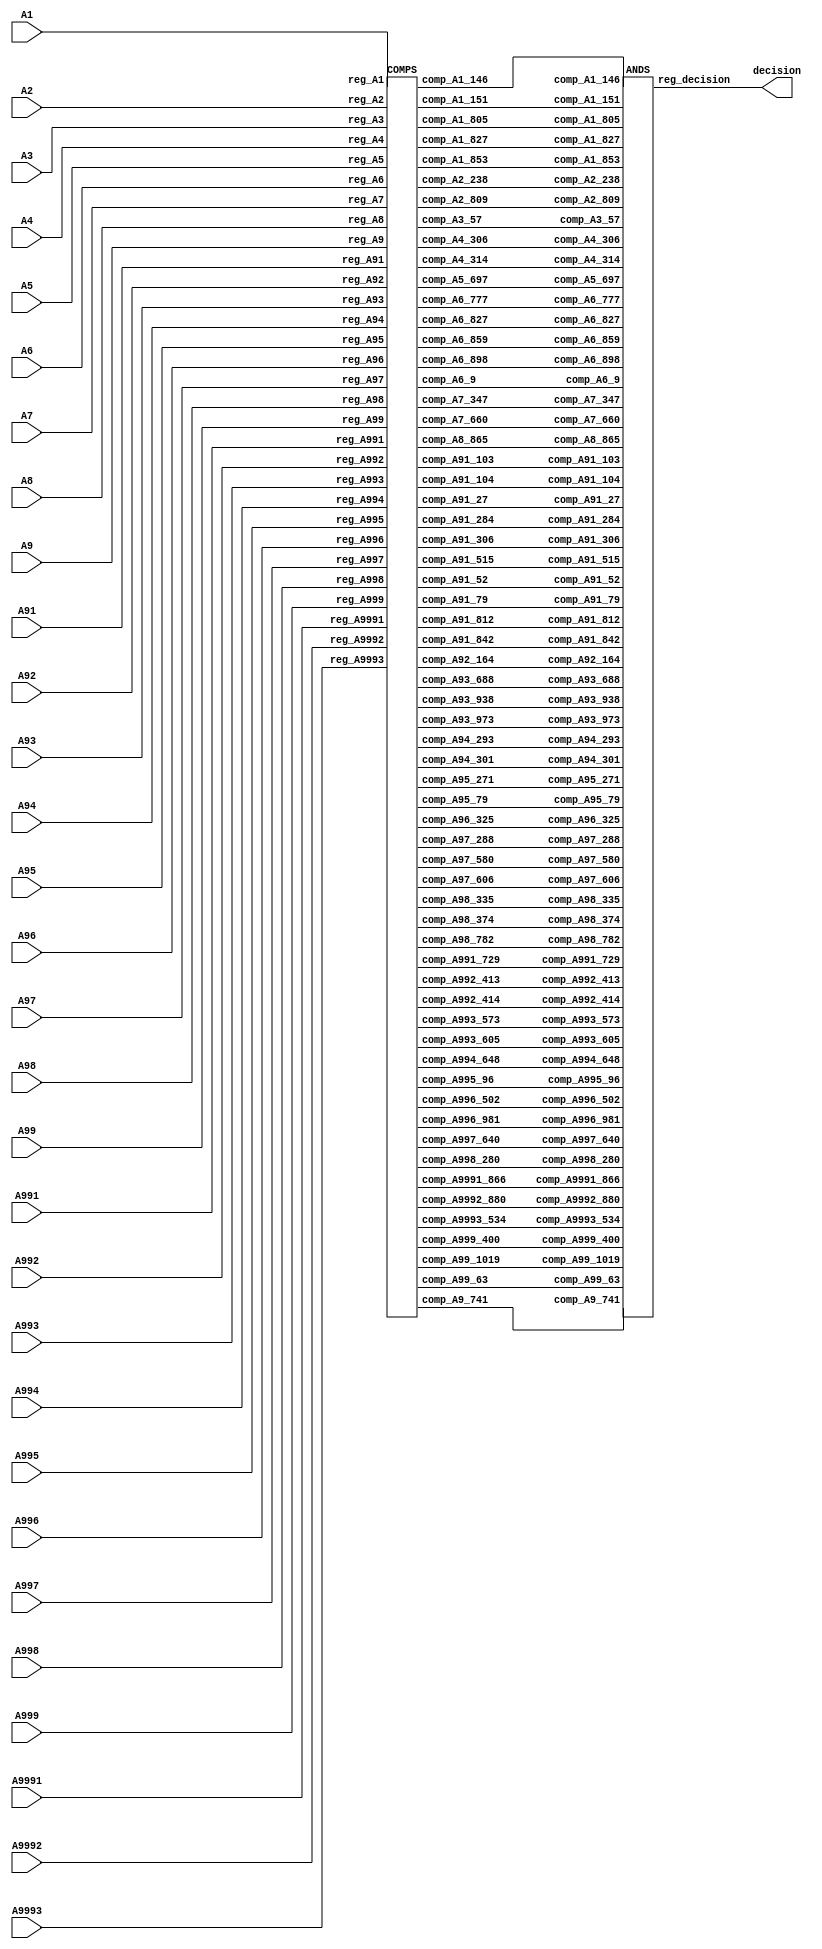
`timescale 1ns / 1ps

module DTree(
	A1,
	A2,
	A3,
	A4,
	A5,
	A6,
	A7,
	A8,
	A9,
	A91,
	A92,
	A93,
	A94,
	A95,
	A96,
	A97,
	A98,
	A99,
	A991,
	A992,
	A993,
	A994,
	A995,
	A996,
	A997,
	A998,
	A999,
	A9991,
	A9992,
	A9993,
	decision
);


	input [9:0] A1;
	input [9:0] A2;
	input [9:0] A3;
	input [9:0] A4;
	input [9:0] A5;
	input [9:0] A6;
	input [9:0] A7;
	input [9:0] A8;
	input [9:0] A9;
	input [9:0] A91;
	input [9:0] A92;
	input [9:0] A93;
	input [9:0] A94;
	input [9:0] A95;
	input [9:0] A96;
	input [9:0] A97;
	input [9:0] A98;
	input [9:0] A99;
	input [9:0] A991;
	input [9:0] A992;
	input [9:0] A993;
	input [9:0] A994;
	input [9:0] A995;
	input [9:0] A996;
	input [9:0] A997;
	input [9:0] A998;
	input [9:0] A999;
	input [9:0] A9991;
	input [9:0] A9992;
	input [9:0] A9993;
	output [4:0] decision;

	wire [9:0] reg_A1;
	wire [9:0] reg_A2;
	wire [9:0] reg_A3;
	wire [9:0] reg_A4;
	wire [9:0] reg_A5;
	wire [9:0] reg_A6;
	wire [9:0] reg_A7;
	wire [9:0] reg_A8;
	wire [9:0] reg_A9;
	wire [9:0] reg_A91;
	wire [9:0] reg_A92;
	wire [9:0] reg_A93;
	wire [9:0] reg_A94;
	wire [9:0] reg_A95;
	wire [9:0] reg_A96;
	wire [9:0] reg_A97;
	wire [9:0] reg_A98;
	wire [9:0] reg_A99;
	wire [9:0] reg_A991;
	wire [9:0] reg_A992;
	wire [9:0] reg_A993;
	wire [9:0] reg_A994;
	wire [9:0] reg_A995;
	wire [9:0] reg_A996;
	wire [9:0] reg_A997;
	wire [9:0] reg_A998;
	wire [9:0] reg_A999;
	wire [9:0] reg_A9991;
	wire [9:0] reg_A9992;
	wire [9:0] reg_A9993;
	wire [4:0] reg_decision;

wire [0:0] comp_A1_853;
wire [0:0] comp_A2_238;
wire [0:0] comp_A3_57;
wire [0:0] comp_A4_306;
wire [0:0] comp_A5_697;
wire [0:0] comp_A6_9;
wire [0:0] comp_A7_660;
wire [0:0] comp_A4_314;
wire [0:0] comp_A6_777;
wire [0:0] comp_A8_865;
wire [0:0] comp_A9_741;
wire [0:0] comp_A91_52;
wire [0:0] comp_A91_27;
wire [0:0] comp_A92_164;
wire [0:0] comp_A93_973;
wire [0:0] comp_A6_859;
wire [0:0] comp_A91_284;
wire [0:0] comp_A94_293;
wire [0:0] comp_A91_104;
wire [0:0] comp_A95_271;
wire [0:0] comp_A96_325;
wire [0:0] comp_A97_288;
wire [0:0] comp_A91_79;
wire [0:0] comp_A6_827;
wire [0:0] comp_A98_335;
wire [0:0] comp_A91_812;
wire [0:0] comp_A99_63;
wire [0:0] comp_A91_842;
wire [0:0] comp_A94_301;
wire [0:0] comp_A91_306;
wire [0:0] comp_A1_827;
wire [0:0] comp_A93_938;
wire [0:0] comp_A91_103;
wire [0:0] comp_A98_782;
wire [0:0] comp_A991_729;
wire [0:0] comp_A97_606;
wire [0:0] comp_A992_414;
wire [0:0] comp_A993_573;
wire [0:0] comp_A2_809;
wire [0:0] comp_A1_146;
wire [0:0] comp_A994_648;
wire [0:0] comp_A993_605;
wire [0:0] comp_A6_898;
wire [0:0] comp_A995_96;
wire [0:0] comp_A996_502;
wire [0:0] comp_A1_805;
wire [0:0] comp_A997_640;
wire [0:0] comp_A7_347;
wire [0:0] comp_A97_580;
wire [0:0] comp_A1_151;
wire [0:0] comp_A998_280;
wire [0:0] comp_A91_515;
wire [0:0] comp_A992_413;
wire [0:0] comp_A999_400;
wire [0:0] comp_A996_981;
wire [0:0] comp_A9991_866;
wire [0:0] comp_A99_1019;
wire [0:0] comp_A93_688;
wire [0:0] comp_A9992_880;
wire [0:0] comp_A95_79;
wire [0:0] comp_A9993_534;
wire [0:0] comp_A98_374;
COMPS INST_COMP(
reg_A1, reg_A2, reg_A3, reg_A4, reg_A5, reg_A6, reg_A7, reg_A8, reg_A9, reg_A91, reg_A92, reg_A93, reg_A94, reg_A95, reg_A96, reg_A97, reg_A98, reg_A99, reg_A991, reg_A992, reg_A993, reg_A994, reg_A995, reg_A996, reg_A997, reg_A998, reg_A999, reg_A9991, reg_A9992, reg_A9993, comp_A1_853, comp_A2_238, comp_A3_57, comp_A4_306, comp_A5_697, comp_A6_9, comp_A7_660, comp_A4_314, comp_A6_777, comp_A8_865, comp_A9_741, comp_A91_52, comp_A91_27, comp_A92_164, comp_A93_973, comp_A6_859, comp_A91_284, comp_A94_293, comp_A91_104, comp_A95_271, comp_A96_325, comp_A97_288, comp_A91_79, comp_A6_827, comp_A98_335, comp_A91_812, comp_A99_63, comp_A91_842, comp_A94_301, comp_A91_306, comp_A1_827, comp_A93_938, comp_A91_103, comp_A98_782, comp_A991_729, comp_A97_606, comp_A992_414, comp_A993_573, comp_A2_809, comp_A1_146, comp_A994_648, comp_A993_605, comp_A6_898, comp_A995_96, comp_A996_502, comp_A1_805, comp_A997_640, comp_A7_347, comp_A97_580, comp_A1_151, comp_A998_280, comp_A91_515, comp_A992_413, comp_A999_400, comp_A996_981, comp_A9991_866, comp_A99_1019, comp_A93_688, comp_A9992_880, comp_A95_79, comp_A9993_534, comp_A98_374
);

ANDS INST_ANDS(
comp_A1_853, comp_A2_238, comp_A3_57, comp_A4_306, comp_A5_697, comp_A6_9, comp_A7_660, comp_A4_314, comp_A6_777, comp_A8_865, comp_A9_741, comp_A91_52, comp_A91_27, comp_A92_164, comp_A93_973, comp_A6_859, comp_A91_284, comp_A94_293, comp_A91_104, comp_A95_271, comp_A96_325, comp_A97_288, comp_A91_79, comp_A6_827, comp_A98_335, comp_A91_812, comp_A99_63, comp_A91_842, comp_A94_301, comp_A91_306, comp_A1_827, comp_A93_938, comp_A91_103, comp_A98_782, comp_A991_729, comp_A97_606, comp_A992_414, comp_A993_573, comp_A2_809, comp_A1_146, comp_A994_648, comp_A993_605, comp_A6_898, comp_A995_96, comp_A996_502, comp_A1_805, comp_A997_640, comp_A7_347, comp_A97_580, comp_A1_151, comp_A998_280, comp_A91_515, comp_A992_413, comp_A999_400, comp_A996_981, comp_A9991_866, comp_A99_1019, comp_A93_688, comp_A9992_880, comp_A95_79, comp_A9993_534, comp_A98_374, reg_decision
);


	assign reg_A1 = A1;

	assign reg_A2 = A2;

	assign reg_A3 = A3;

	assign reg_A4 = A4;

	assign reg_A5 = A5;

	assign reg_A6 = A6;

	assign reg_A7 = A7;

	assign reg_A8 = A8;

	assign reg_A9 = A9;

	assign reg_A91 = A91;

	assign reg_A92 = A92;

	assign reg_A93 = A93;

	assign reg_A94 = A94;

	assign reg_A95 = A95;

	assign reg_A96 = A96;

	assign reg_A97 = A97;

	assign reg_A98 = A98;

	assign reg_A99 = A99;

	assign reg_A991 = A991;

	assign reg_A992 = A992;

	assign reg_A993 = A993;

	assign reg_A994 = A994;

	assign reg_A995 = A995;

	assign reg_A996 = A996;

	assign reg_A997 = A997;

	assign reg_A998 = A998;

	assign reg_A999 = A999;

	assign reg_A9991 = A9991;

	assign reg_A9992 = A9992;

	assign reg_A9993 = A9993;

	assign decision = reg_decision;

endmodule


module COMPS(
reg_A1, reg_A2, reg_A3, reg_A4, reg_A5, reg_A6, reg_A7, reg_A8, reg_A9, reg_A91, reg_A92, reg_A93, reg_A94, reg_A95, reg_A96, reg_A97, reg_A98, reg_A99, reg_A991, reg_A992, reg_A993, reg_A994, reg_A995, reg_A996, reg_A997, reg_A998, reg_A999, reg_A9991, reg_A9992, reg_A9993, comp_A1_853, comp_A2_238, comp_A3_57, comp_A4_306, comp_A5_697, comp_A6_9, comp_A7_660, comp_A4_314, comp_A6_777, comp_A8_865, comp_A9_741, comp_A91_52, comp_A91_27, comp_A92_164, comp_A93_973, comp_A6_859, comp_A91_284, comp_A94_293, comp_A91_104, comp_A95_271, comp_A96_325, comp_A97_288, comp_A91_79, comp_A6_827, comp_A98_335, comp_A91_812, comp_A99_63, comp_A91_842, comp_A94_301, comp_A91_306, comp_A1_827, comp_A93_938, comp_A91_103, comp_A98_782, comp_A991_729, comp_A97_606, comp_A992_414, comp_A993_573, comp_A2_809, comp_A1_146, comp_A994_648, comp_A993_605, comp_A6_898, comp_A995_96, comp_A996_502, comp_A1_805, comp_A997_640, comp_A7_347, comp_A97_580, comp_A1_151, comp_A998_280, comp_A91_515, comp_A992_413, comp_A999_400, comp_A996_981, comp_A9991_866, comp_A99_1019, comp_A93_688, comp_A9992_880, comp_A95_79, comp_A9993_534, comp_A98_374
);

input [9:0] reg_A1;
input [9:0] reg_A2;
input [9:0] reg_A3;
input [9:0] reg_A4;
input [9:0] reg_A5;
input [9:0] reg_A6;
input [9:0] reg_A7;
input [9:0] reg_A8;
input [9:0] reg_A9;
input [9:0] reg_A91;
input [9:0] reg_A92;
input [9:0] reg_A93;
input [9:0] reg_A94;
input [9:0] reg_A95;
input [9:0] reg_A96;
input [9:0] reg_A97;
input [9:0] reg_A98;
input [9:0] reg_A99;
input [9:0] reg_A991;
input [9:0] reg_A992;
input [9:0] reg_A993;
input [9:0] reg_A994;
input [9:0] reg_A995;
input [9:0] reg_A996;
input [9:0] reg_A997;
input [9:0] reg_A998;
input [9:0] reg_A999;
input [9:0] reg_A9991;
input [9:0] reg_A9992;
input [9:0] reg_A9993;
output [0:0] comp_A1_853;
output [0:0] comp_A2_238;
output [0:0] comp_A3_57;
output [0:0] comp_A4_306;
output [0:0] comp_A5_697;
output [0:0] comp_A6_9;
output [0:0] comp_A7_660;
output [0:0] comp_A4_314;
output [0:0] comp_A6_777;
output [0:0] comp_A8_865;
output [0:0] comp_A9_741;
output [0:0] comp_A91_52;
output [0:0] comp_A91_27;
output [0:0] comp_A92_164;
output [0:0] comp_A93_973;
output [0:0] comp_A6_859;
output [0:0] comp_A91_284;
output [0:0] comp_A94_293;
output [0:0] comp_A91_104;
output [0:0] comp_A95_271;
output [0:0] comp_A96_325;
output [0:0] comp_A97_288;
output [0:0] comp_A91_79;
output [0:0] comp_A6_827;
output [0:0] comp_A98_335;
output [0:0] comp_A91_812;
output [0:0] comp_A99_63;
output [0:0] comp_A91_842;
output [0:0] comp_A94_301;
output [0:0] comp_A91_306;
output [0:0] comp_A1_827;
output [0:0] comp_A93_938;
output [0:0] comp_A91_103;
output [0:0] comp_A98_782;
output [0:0] comp_A991_729;
output [0:0] comp_A97_606;
output [0:0] comp_A992_414;
output [0:0] comp_A993_573;
output [0:0] comp_A2_809;
output [0:0] comp_A1_146;
output [0:0] comp_A994_648;
output [0:0] comp_A993_605;
output [0:0] comp_A6_898;
output [0:0] comp_A995_96;
output [0:0] comp_A996_502;
output [0:0] comp_A1_805;
output [0:0] comp_A997_640;
output [0:0] comp_A7_347;
output [0:0] comp_A97_580;
output [0:0] comp_A1_151;
output [0:0] comp_A998_280;
output [0:0] comp_A91_515;
output [0:0] comp_A992_413;
output [0:0] comp_A999_400;
output [0:0] comp_A996_981;
output [0:0] comp_A9991_866;
output [0:0] comp_A99_1019;
output [0:0] comp_A93_688;
output [0:0] comp_A9992_880;
output [0:0] comp_A95_79;
output [0:0] comp_A9993_534;
output [0:0] comp_A98_374;

wire [9:0] const_853_10;
assign const_853_10 = 10'b1101010101;
wire [9:0] const_238_10;
assign const_238_10 = 10'b0011101110;
wire [9:0] const_57_10;
assign const_57_10 = 10'b0000111001;
wire [9:0] const_306_10;
assign const_306_10 = 10'b0100110010;
wire [9:0] const_697_10;
assign const_697_10 = 10'b1010111001;
wire [9:0] const_9_10;
assign const_9_10 = 10'b0000001001;
wire [9:0] const_660_10;
assign const_660_10 = 10'b1010010100;
wire [9:0] const_314_10;
assign const_314_10 = 10'b0100111010;
wire [9:0] const_777_10;
assign const_777_10 = 10'b1100001001;
wire [9:0] const_865_10;
assign const_865_10 = 10'b1101100001;
wire [9:0] const_741_10;
assign const_741_10 = 10'b1011100101;
wire [9:0] const_52_10;
assign const_52_10 = 10'b0000110100;
wire [9:0] const_27_10;
assign const_27_10 = 10'b0000011011;
wire [9:0] const_164_10;
assign const_164_10 = 10'b0010100100;
wire [9:0] const_973_10;
assign const_973_10 = 10'b1111001101;
wire [9:0] const_859_10;
assign const_859_10 = 10'b1101011011;
wire [9:0] const_284_10;
assign const_284_10 = 10'b0100011100;
wire [9:0] const_293_10;
assign const_293_10 = 10'b0100100101;
wire [9:0] const_104_10;
assign const_104_10 = 10'b0001101000;
wire [9:0] const_271_10;
assign const_271_10 = 10'b0100001111;
wire [9:0] const_325_10;
assign const_325_10 = 10'b0101000101;
wire [9:0] const_288_10;
assign const_288_10 = 10'b0100100000;
wire [9:0] const_79_10;
assign const_79_10 = 10'b0001001111;
wire [9:0] const_827_10;
assign const_827_10 = 10'b1100111011;
wire [9:0] const_335_10;
assign const_335_10 = 10'b0101001111;
wire [9:0] const_812_10;
assign const_812_10 = 10'b1100101100;
wire [9:0] const_63_10;
assign const_63_10 = 10'b0000111111;
wire [9:0] const_842_10;
assign const_842_10 = 10'b1101001010;
wire [9:0] const_301_10;
assign const_301_10 = 10'b0100101101;
wire [9:0] const_938_10;
assign const_938_10 = 10'b1110101010;
wire [9:0] const_103_10;
assign const_103_10 = 10'b0001100111;
wire [9:0] const_782_10;
assign const_782_10 = 10'b1100001110;
wire [9:0] const_729_10;
assign const_729_10 = 10'b1011011001;
wire [9:0] const_606_10;
assign const_606_10 = 10'b1001011110;
wire [9:0] const_414_10;
assign const_414_10 = 10'b0110011110;
wire [9:0] const_573_10;
assign const_573_10 = 10'b1000111101;
wire [9:0] const_809_10;
assign const_809_10 = 10'b1100101001;
wire [9:0] const_146_10;
assign const_146_10 = 10'b0010010010;
wire [9:0] const_648_10;
assign const_648_10 = 10'b1010001000;
wire [9:0] const_605_10;
assign const_605_10 = 10'b1001011101;
wire [9:0] const_898_10;
assign const_898_10 = 10'b1110000010;
wire [9:0] const_96_10;
assign const_96_10 = 10'b0001100000;
wire [9:0] const_502_10;
assign const_502_10 = 10'b0111110110;
wire [9:0] const_805_10;
assign const_805_10 = 10'b1100100101;
wire [9:0] const_640_10;
assign const_640_10 = 10'b1010000000;
wire [9:0] const_347_10;
assign const_347_10 = 10'b0101011011;
wire [9:0] const_580_10;
assign const_580_10 = 10'b1001000100;
wire [9:0] const_151_10;
assign const_151_10 = 10'b0010010111;
wire [9:0] const_280_10;
assign const_280_10 = 10'b0100011000;
wire [9:0] const_515_10;
assign const_515_10 = 10'b1000000011;
wire [9:0] const_413_10;
assign const_413_10 = 10'b0110011101;
wire [9:0] const_400_10;
assign const_400_10 = 10'b0110010000;
wire [9:0] const_981_10;
assign const_981_10 = 10'b1111010101;
wire [9:0] const_866_10;
assign const_866_10 = 10'b1101100010;
wire [9:0] const_1019_10;
assign const_1019_10 = 10'b1111111011;
wire [9:0] const_688_10;
assign const_688_10 = 10'b1010110000;
wire [9:0] const_880_10;
assign const_880_10 = 10'b1101110000;
wire [9:0] const_534_10;
assign const_534_10 = 10'b1000010110;
wire [9:0] const_374_10;
assign const_374_10 = 10'b0101110110;

	assign comp_A1_853 = (reg_A1 <= const_853_10);
	assign comp_A2_238 = (reg_A2 <= const_238_10);
	assign comp_A3_57 = (reg_A3 <= const_57_10);
	assign comp_A4_306 = (reg_A4 <= const_306_10);
	assign comp_A5_697 = (reg_A5 <= const_697_10);
	assign comp_A6_9 = (reg_A6 <= const_9_10);
	assign comp_A7_660 = (reg_A7 <= const_660_10);
	assign comp_A4_314 = (reg_A4 <= const_314_10);
	assign comp_A6_777 = (reg_A6 <= const_777_10);
	assign comp_A8_865 = (reg_A8 <= const_865_10);
	assign comp_A9_741 = (reg_A9 <= const_741_10);
	assign comp_A91_52 = (reg_A91 <= const_52_10);
	assign comp_A91_27 = (reg_A91 <= const_27_10);
	assign comp_A92_164 = (reg_A92 <= const_164_10);
	assign comp_A93_973 = (reg_A93 <= const_973_10);
	assign comp_A6_859 = (reg_A6 <= const_859_10);
	assign comp_A91_284 = (reg_A91 <= const_284_10);
	assign comp_A94_293 = (reg_A94 <= const_293_10);
	assign comp_A91_104 = (reg_A91 <= const_104_10);
	assign comp_A95_271 = (reg_A95 <= const_271_10);
	assign comp_A96_325 = (reg_A96 <= const_325_10);
	assign comp_A97_288 = (reg_A97 <= const_288_10);
	assign comp_A91_79 = (reg_A91 <= const_79_10);
	assign comp_A6_827 = (reg_A6 <= const_827_10);
	assign comp_A98_335 = (reg_A98 <= const_335_10);
	assign comp_A91_812 = (reg_A91 <= const_812_10);
	assign comp_A99_63 = (reg_A99 <= const_63_10);
	assign comp_A91_842 = (reg_A91 <= const_842_10);
	assign comp_A94_301 = (reg_A94 <= const_301_10);
	assign comp_A91_306 = (reg_A91 <= const_306_10);
	assign comp_A1_827 = (reg_A1 <= const_827_10);
	assign comp_A93_938 = (reg_A93 <= const_938_10);
	assign comp_A91_103 = (reg_A91 <= const_103_10);
	assign comp_A98_782 = (reg_A98 <= const_782_10);
	assign comp_A991_729 = (reg_A991 <= const_729_10);
	assign comp_A97_606 = (reg_A97 <= const_606_10);
	assign comp_A992_414 = (reg_A992 <= const_414_10);
	assign comp_A993_573 = (reg_A993 <= const_573_10);
	assign comp_A2_809 = (reg_A2 <= const_809_10);
	assign comp_A1_146 = (reg_A1 <= const_146_10);
	assign comp_A994_648 = (reg_A994 <= const_648_10);
	assign comp_A993_605 = (reg_A993 <= const_605_10);
	assign comp_A6_898 = (reg_A6 <= const_898_10);
	assign comp_A995_96 = (reg_A995 <= const_96_10);
	assign comp_A996_502 = (reg_A996 <= const_502_10);
	assign comp_A1_805 = (reg_A1 <= const_805_10);
	assign comp_A997_640 = (reg_A997 <= const_640_10);
	assign comp_A7_347 = (reg_A7 <= const_347_10);
	assign comp_A97_580 = (reg_A97 <= const_580_10);
	assign comp_A1_151 = (reg_A1 <= const_151_10);
	assign comp_A998_280 = (reg_A998 <= const_280_10);
	assign comp_A91_515 = (reg_A91 <= const_515_10);
	assign comp_A992_413 = (reg_A992 <= const_413_10);
	assign comp_A999_400 = (reg_A999 <= const_400_10);
	assign comp_A996_981 = (reg_A996 <= const_981_10);
	assign comp_A9991_866 = (reg_A9991 <= const_866_10);
	assign comp_A99_1019 = (reg_A99 <= const_1019_10);
	assign comp_A93_688 = (reg_A93 <= const_688_10);
	assign comp_A9992_880 = (reg_A9992 <= const_880_10);
	assign comp_A95_79 = (reg_A95 <= const_79_10);
	assign comp_A9993_534 = (reg_A9993 <= const_534_10);
	assign comp_A98_374 = (reg_A98 <= const_374_10);
endmodule


module ANDS(
comp_A1_853, comp_A2_238, comp_A3_57, comp_A4_306, comp_A5_697, comp_A6_9, comp_A7_660, comp_A4_314, comp_A6_777, comp_A8_865, comp_A9_741, comp_A91_52, comp_A91_27, comp_A92_164, comp_A93_973, comp_A6_859, comp_A91_284, comp_A94_293, comp_A91_104, comp_A95_271, comp_A96_325, comp_A97_288, comp_A91_79, comp_A6_827, comp_A98_335, comp_A91_812, comp_A99_63, comp_A91_842, comp_A94_301, comp_A91_306, comp_A1_827, comp_A93_938, comp_A91_103, comp_A98_782, comp_A991_729, comp_A97_606, comp_A992_414, comp_A993_573, comp_A2_809, comp_A1_146, comp_A994_648, comp_A993_605, comp_A6_898, comp_A995_96, comp_A996_502, comp_A1_805, comp_A997_640, comp_A7_347, comp_A97_580, comp_A1_151, comp_A998_280, comp_A91_515, comp_A992_413, comp_A999_400, comp_A996_981, comp_A9991_866, comp_A99_1019, comp_A93_688, comp_A9992_880, comp_A95_79, comp_A9993_534, comp_A98_374, reg_decision
);

input [0:0] comp_A1_853;
input [0:0] comp_A2_238;
input [0:0] comp_A3_57;
input [0:0] comp_A4_306;
input [0:0] comp_A5_697;
input [0:0] comp_A6_9;
input [0:0] comp_A7_660;
input [0:0] comp_A4_314;
input [0:0] comp_A6_777;
input [0:0] comp_A8_865;
input [0:0] comp_A9_741;
input [0:0] comp_A91_52;
input [0:0] comp_A91_27;
input [0:0] comp_A92_164;
input [0:0] comp_A93_973;
input [0:0] comp_A6_859;
input [0:0] comp_A91_284;
input [0:0] comp_A94_293;
input [0:0] comp_A91_104;
input [0:0] comp_A95_271;
input [0:0] comp_A96_325;
input [0:0] comp_A97_288;
input [0:0] comp_A91_79;
input [0:0] comp_A6_827;
input [0:0] comp_A98_335;
input [0:0] comp_A91_812;
input [0:0] comp_A99_63;
input [0:0] comp_A91_842;
input [0:0] comp_A94_301;
input [0:0] comp_A91_306;
input [0:0] comp_A1_827;
input [0:0] comp_A93_938;
input [0:0] comp_A91_103;
input [0:0] comp_A98_782;
input [0:0] comp_A991_729;
input [0:0] comp_A97_606;
input [0:0] comp_A992_414;
input [0:0] comp_A993_573;
input [0:0] comp_A2_809;
input [0:0] comp_A1_146;
input [0:0] comp_A994_648;
input [0:0] comp_A993_605;
input [0:0] comp_A6_898;
input [0:0] comp_A995_96;
input [0:0] comp_A996_502;
input [0:0] comp_A1_805;
input [0:0] comp_A997_640;
input [0:0] comp_A7_347;
input [0:0] comp_A97_580;
input [0:0] comp_A1_151;
input [0:0] comp_A998_280;
input [0:0] comp_A91_515;
input [0:0] comp_A992_413;
input [0:0] comp_A999_400;
input [0:0] comp_A996_981;
input [0:0] comp_A9991_866;
input [0:0] comp_A99_1019;
input [0:0] comp_A93_688;
input [0:0] comp_A9992_880;
input [0:0] comp_A95_79;
input [0:0] comp_A9993_534;
input [0:0] comp_A98_374;
output [4:0] reg_decision;

wire [0:0] and_0;
wire [0:0] and_1;
wire [0:0] and_2;
wire [0:0] and_3;
wire [0:0] and_4;
wire [0:0] and_5;
wire [0:0] and_6;
wire [0:0] and_7;
wire [0:0] and_8;
wire [0:0] and_9;
wire [0:0] and_10;
wire [0:0] and_11;
wire [0:0] and_12;
wire [0:0] and_13;
wire [0:0] and_14;
wire [0:0] and_15;
wire [0:0] and_16;
wire [0:0] and_17;
wire [0:0] and_18;
wire [0:0] and_19;
wire [0:0] and_20;
wire [0:0] and_21;
wire [0:0] and_22;
wire [0:0] and_23;
wire [0:0] and_24;
wire [0:0] and_25;
wire [0:0] and_26;
wire [0:0] and_27;
wire [0:0] and_28;
wire [0:0] and_29;
wire [0:0] and_30;
wire [0:0] and_31;
wire [0:0] and_32;
wire [0:0] and_33;
wire [0:0] and_34;
wire [0:0] and_35;
wire [0:0] and_36;
wire [0:0] and_37;
wire [0:0] and_38;
wire [0:0] and_39;
wire [0:0] and_40;
wire [0:0] and_41;
wire [0:0] and_42;
wire [0:0] and_43;
wire [0:0] and_44;
wire [0:0] and_45;
wire [0:0] and_46;
wire [0:0] and_47;
wire [0:0] and_48;
wire [0:0] and_49;
wire [0:0] and_50;
wire [0:0] and_51;
wire [0:0] and_52;
wire [0:0] and_53;
wire [0:0] and_54;
wire [0:0] and_55;
wire [0:0] and_56;
wire [0:0] and_57;
wire [0:0] and_58;
wire [0:0] and_59;
wire [0:0] and_60;
wire [0:0] and_61;
wire [0:0] and_62;
wire [0:0] and_63;

assign and_0 = comp_A1_853 & comp_A2_238 & comp_A3_57 & ~(comp_A4_306) & ~(comp_A6_9) & ~(comp_A4_314) & ~(comp_A9_741);

assign and_1 = comp_A1_853 & comp_A2_238 & comp_A3_57 & comp_A4_306 & ~(comp_A5_697);

assign and_2 = comp_A1_853 & comp_A2_238 & comp_A3_57 & ~(comp_A4_306) & comp_A6_9 & comp_A7_660;

assign and_3 = comp_A1_853 & comp_A2_238 & comp_A3_57 & ~(comp_A4_306) & ~(comp_A6_9) & comp_A4_314 & comp_A6_777;

assign and_4 = comp_A1_853 & comp_A2_238 & comp_A3_57 & ~(comp_A4_306) & ~(comp_A6_9) & ~(comp_A4_314) & comp_A8_865;

assign and_5 = comp_A1_853 & ~(comp_A2_238) & ~(comp_A91_52) & comp_A93_973 & comp_A6_859 & comp_A91_284 & comp_A94_293 & comp_A91_104 & comp_A95_271;

assign and_6 = comp_A1_853 & ~(comp_A2_238) & ~(comp_A91_52) & comp_A93_973 & comp_A6_859 & comp_A91_284 & ~(comp_A94_293) & comp_A97_288 & comp_A91_79;

assign and_7 = comp_A1_853 & ~(comp_A2_238) & ~(comp_A91_52) & comp_A93_973 & comp_A6_859 & comp_A91_284 & ~(comp_A94_293) & ~(comp_A97_288) & comp_A6_827;

assign and_8 = comp_A1_853 & ~(comp_A2_238) & ~(comp_A91_52) & comp_A93_973 & comp_A6_859 & ~(comp_A91_284) & comp_A98_335 & comp_A91_812 & ~(comp_A99_63);

assign and_9 = comp_A1_853 & ~(comp_A2_238) & ~(comp_A91_52) & comp_A93_973 & comp_A6_859 & ~(comp_A91_284) & comp_A98_335 & ~(comp_A91_812) & ~(comp_A91_842);

assign and_10 = comp_A1_853 & ~(comp_A2_238) & ~(comp_A91_52) & comp_A93_973 & ~(comp_A6_859) & comp_A91_79 & comp_A93_938 & comp_A91_103;

assign and_11 = comp_A1_853 & ~(comp_A2_238) & ~(comp_A91_52) & comp_A93_973 & ~(comp_A6_859) & comp_A93_938 & ~(comp_A91_103) & ~(comp_A98_782) & ~(comp_A97_606);

assign and_12 = comp_A1_853 & ~(comp_A2_238) & ~(comp_A91_52) & comp_A93_973 & ~(comp_A6_859) & ~(comp_A93_938) & comp_A992_414 & comp_A993_573 & ~(comp_A2_809);

assign and_13 = comp_A1_853 & ~(comp_A2_238) & ~(comp_A91_52) & ~(comp_A93_973) & ~(comp_A995_96) & ~(comp_A1_151) & comp_A998_280 & comp_A91_515;

assign and_14 = ~(comp_A1_853) & ~(comp_A9991_866);

assign and_15 = ~(comp_A1_853) & ~(comp_A99_1019);

assign reg_decision[0] = and_0 | and_1 | and_2 | and_3 | and_4 | and_5 | and_6 | and_7 | and_8 | and_9 | and_10 | and_11 | and_12 | and_13 | and_14 | and_15;

assign and_16 = comp_A1_853 & comp_A2_238 & ~(comp_A3_57);

assign and_17 = comp_A1_853 & comp_A2_238 & comp_A4_306 & comp_A5_697;

assign and_18 = comp_A1_853 & comp_A2_238 & ~(comp_A4_306) & comp_A6_9 & ~(comp_A7_660);

assign and_19 = comp_A1_853 & comp_A2_238 & ~(comp_A4_306) & ~(comp_A6_9) & comp_A4_314 & ~(comp_A6_777);

assign and_20 = comp_A1_853 & ~(comp_A2_238) & ~(comp_A91_52) & comp_A93_973 & comp_A6_859 & comp_A91_284 & comp_A94_293 & comp_A91_104 & ~(comp_A95_271);

assign and_21 = comp_A1_853 & ~(comp_A2_238) & ~(comp_A91_52) & comp_A93_973 & comp_A6_859 & comp_A91_284 & ~(comp_A94_293) & ~(comp_A97_288) & ~(comp_A6_827);

assign and_22 = comp_A1_853 & ~(comp_A2_238) & ~(comp_A91_52) & comp_A93_973 & comp_A6_859 & ~(comp_A91_284) & comp_A98_335 & comp_A91_812 & comp_A99_63;

assign and_23 = comp_A1_853 & ~(comp_A2_238) & ~(comp_A91_52) & comp_A93_973 & comp_A6_859 & ~(comp_A91_284) & comp_A98_335 & ~(comp_A91_812) & comp_A91_842;

assign and_24 = comp_A1_853 & ~(comp_A2_238) & ~(comp_A91_52) & comp_A93_973 & comp_A6_859 & ~(comp_A91_284) & ~(comp_A98_335) & comp_A94_301 & comp_A91_306;

assign and_25 = comp_A1_853 & ~(comp_A2_238) & ~(comp_A91_52) & comp_A93_973 & ~(comp_A6_859) & ~(comp_A91_79) & comp_A93_938 & comp_A91_103;

assign and_26 = comp_A1_853 & ~(comp_A2_238) & ~(comp_A91_52) & comp_A93_973 & ~(comp_A6_859) & ~(comp_A93_938) & comp_A992_414 & ~(comp_A993_573) & ~(comp_A1_146);

assign and_27 = comp_A1_853 & ~(comp_A2_238) & ~(comp_A91_52) & comp_A93_973 & ~(comp_A6_859) & ~(comp_A93_938) & ~(comp_A992_414) & comp_A994_648 & ~(comp_A993_605);

assign and_28 = comp_A1_853 & ~(comp_A2_238) & ~(comp_A91_52) & ~(comp_A93_973) & comp_A995_96 & comp_A996_502;

assign and_29 = comp_A1_853 & ~(comp_A2_238) & ~(comp_A91_52) & ~(comp_A93_973) & comp_A995_96 & comp_A1_805 & comp_A997_640 & ~(comp_A7_347);

assign and_30 = comp_A1_853 & ~(comp_A2_238) & ~(comp_A91_52) & ~(comp_A93_973) & ~(comp_A995_96) & ~(comp_A1_151) & comp_A998_280 & ~(comp_A91_515) & ~(comp_A992_413);

assign and_31 = comp_A1_853 & ~(comp_A2_238) & ~(comp_A91_52) & ~(comp_A93_973) & ~(comp_A995_96) & ~(comp_A1_151) & ~(comp_A998_280) & ~(comp_A999_400) & comp_A996_981;

assign reg_decision[1] = and_16 | and_17 | and_18 | and_19 | and_20 | and_21 | and_22 | and_23 | and_24 | and_25 | and_26 | and_27 | and_28 | and_29 | and_30 | and_31;

assign and_32 = comp_A1_853 & ~(comp_A2_238) & ~(comp_A91_52) & comp_A93_973 & comp_A6_859 & ~(comp_A91_284) & ~(comp_A98_335) & comp_A94_301 & ~(comp_A91_306);

assign and_33 = comp_A1_853 & ~(comp_A2_238) & ~(comp_A91_52) & comp_A93_973 & comp_A6_859 & ~(comp_A91_284) & ~(comp_A98_335) & ~(comp_A94_301) & ~(comp_A1_827);

assign and_34 = comp_A1_853 & ~(comp_A2_238) & ~(comp_A91_52) & comp_A93_973 & ~(comp_A6_859) & comp_A93_938 & ~(comp_A91_103) & comp_A98_782 & comp_A991_729;

assign and_35 = comp_A1_853 & ~(comp_A2_238) & ~(comp_A91_52) & comp_A93_973 & ~(comp_A6_859) & ~(comp_A93_938) & ~(comp_A992_414) & ~(comp_A994_648) & comp_A6_898;

assign and_36 = comp_A1_853 & ~(comp_A2_238) & ~(comp_A91_52) & ~(comp_A93_973) & comp_A995_96 & ~(comp_A996_502) & comp_A1_805 & comp_A997_640 & comp_A7_347;

assign and_37 = comp_A1_853 & ~(comp_A2_238) & ~(comp_A91_52) & ~(comp_A93_973) & ~(comp_A995_96) & ~(comp_A1_151) & ~(comp_A998_280) & ~(comp_A999_400) & ~(comp_A996_981);

assign reg_decision[2] = and_32 | and_33 | and_34 | and_35 | and_36 | and_37;

assign and_38 = comp_A1_853 & ~(comp_A2_238) & comp_A91_52 & comp_A91_27 & comp_A92_164;

assign and_39 = comp_A1_853 & ~(comp_A2_238) & ~(comp_A91_52) & comp_A93_973 & comp_A6_859 & comp_A91_284 & comp_A94_293 & ~(comp_A91_104) & comp_A96_325;

assign and_40 = comp_A1_853 & ~(comp_A2_238) & ~(comp_A91_52) & comp_A93_973 & comp_A6_859 & comp_A91_284 & ~(comp_A94_293) & comp_A97_288 & ~(comp_A91_79);

assign and_41 = comp_A1_853 & ~(comp_A2_238) & ~(comp_A91_52) & comp_A93_973 & comp_A6_859 & ~(comp_A91_284) & ~(comp_A98_335) & ~(comp_A94_301) & comp_A1_827;

assign and_42 = comp_A1_853 & ~(comp_A2_238) & ~(comp_A91_52) & comp_A93_973 & ~(comp_A6_859) & comp_A93_938 & ~(comp_A91_103) & comp_A98_782 & ~(comp_A991_729);

assign and_43 = comp_A1_853 & ~(comp_A2_238) & ~(comp_A91_52) & comp_A93_973 & ~(comp_A6_859) & ~(comp_A93_938) & comp_A992_414 & comp_A993_573 & comp_A2_809;

assign and_44 = comp_A1_853 & ~(comp_A2_238) & ~(comp_A91_52) & comp_A93_973 & ~(comp_A6_859) & ~(comp_A93_938) & comp_A992_414 & ~(comp_A993_573) & comp_A1_146;

assign and_45 = comp_A1_853 & ~(comp_A2_238) & ~(comp_A91_52) & comp_A93_973 & ~(comp_A6_859) & ~(comp_A93_938) & ~(comp_A992_414) & comp_A994_648 & comp_A993_605;

assign and_46 = comp_A1_853 & ~(comp_A2_238) & ~(comp_A91_52) & ~(comp_A93_973) & comp_A995_96 & ~(comp_A996_502) & comp_A1_805 & ~(comp_A997_640) & comp_A97_580;

assign and_47 = comp_A1_853 & ~(comp_A2_238) & ~(comp_A91_52) & ~(comp_A93_973) & ~(comp_A995_96) & ~(comp_A1_151) & comp_A998_280 & ~(comp_A91_515) & comp_A992_413;

assign and_48 = ~(comp_A1_853) & comp_A9991_866 & comp_A99_1019 & comp_A93_688;

assign and_49 = ~(comp_A1_853) & comp_A9991_866 & comp_A99_1019 & comp_A9992_880 & comp_A95_79 & comp_A9993_534;

assign and_50 = ~(comp_A1_853) & comp_A9991_866 & comp_A99_1019 & ~(comp_A9992_880) & comp_A98_374;

assign reg_decision[3] = and_38 | and_39 | and_40 | and_41 | and_42 | and_43 | and_44 | and_45 | and_46 | and_47 | and_48 | and_49 | and_50;

assign and_51 = comp_A1_853 & comp_A2_238 & comp_A3_57 & ~(comp_A4_306) & ~(comp_A6_9) & ~(comp_A4_314) & ~(comp_A8_865) & comp_A9_741;

assign and_52 = comp_A1_853 & ~(comp_A2_238) & comp_A91_52 & ~(comp_A91_27);

assign and_53 = comp_A1_853 & ~(comp_A2_238) & comp_A91_52 & ~(comp_A92_164);

assign and_54 = comp_A1_853 & ~(comp_A2_238) & ~(comp_A91_52) & comp_A93_973 & comp_A6_859 & comp_A91_284 & comp_A94_293 & ~(comp_A91_104) & ~(comp_A96_325);

assign and_55 = comp_A1_853 & ~(comp_A2_238) & ~(comp_A91_52) & comp_A93_973 & ~(comp_A6_859) & comp_A93_938 & ~(comp_A91_103) & ~(comp_A98_782) & comp_A97_606;

assign and_56 = comp_A1_853 & ~(comp_A2_238) & ~(comp_A91_52) & comp_A93_973 & ~(comp_A6_859) & ~(comp_A93_938) & ~(comp_A992_414) & ~(comp_A994_648) & ~(comp_A6_898);

assign and_57 = comp_A1_853 & ~(comp_A2_238) & ~(comp_A91_52) & ~(comp_A93_973) & comp_A995_96 & ~(comp_A996_502) & ~(comp_A1_805);

assign and_58 = comp_A1_853 & ~(comp_A2_238) & ~(comp_A91_52) & ~(comp_A93_973) & comp_A995_96 & ~(comp_A996_502) & ~(comp_A997_640) & ~(comp_A97_580);

assign and_59 = comp_A1_853 & ~(comp_A2_238) & ~(comp_A91_52) & ~(comp_A93_973) & ~(comp_A995_96) & comp_A1_151;

assign and_60 = comp_A1_853 & ~(comp_A2_238) & ~(comp_A91_52) & ~(comp_A93_973) & ~(comp_A995_96) & ~(comp_A998_280) & comp_A999_400;

assign and_61 = ~(comp_A1_853) & comp_A9991_866 & comp_A99_1019 & ~(comp_A93_688) & comp_A9992_880 & ~(comp_A95_79);

assign and_62 = ~(comp_A1_853) & comp_A9991_866 & comp_A99_1019 & ~(comp_A93_688) & comp_A9992_880 & ~(comp_A9993_534);

assign and_63 = ~(comp_A1_853) & comp_A9991_866 & comp_A99_1019 & ~(comp_A93_688) & ~(comp_A9992_880) & ~(comp_A98_374);

assign reg_decision[4] = and_51 | and_52 | and_53 | and_54 | and_55 | and_56 | and_57 | and_58 | and_59 | and_60 | and_61 | and_62 | and_63;


endmodule